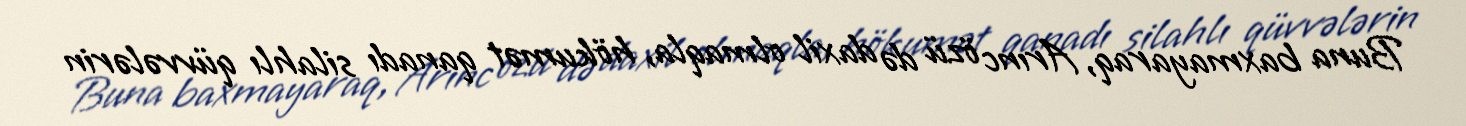
Buna baxmayaraq, Arınc özü də daxil olmaqla, hökumət qanadı silahlı qüvvələrin